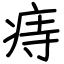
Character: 痔